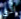
الى